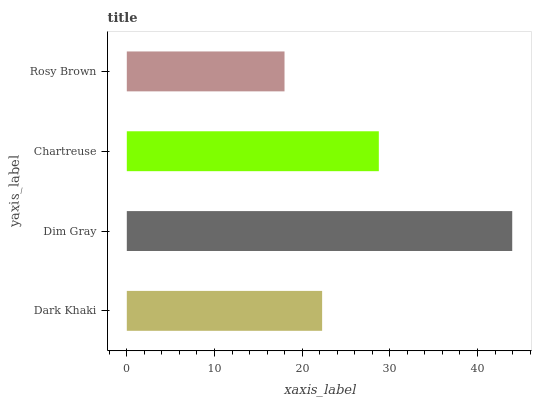
| yaxis_label | bars |
 | --- | --- |
 | Dark Khaki | 22.3 |
 | Dim Gray | 44 |
 | Chartreuse | 28.7 |
 | Rosy Brown | 18 |